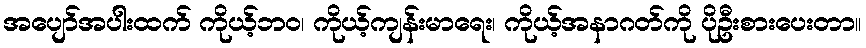
အပျော်အပါးထက် ကိုယ့်ဘဝ၊ ကိုယ့်ကျန်းမာရေး၊ ကိုယ့်အနာဂတ်ကို ပိုဦးစားပေးတာ။